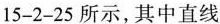
15-2-25所示，其中直线